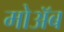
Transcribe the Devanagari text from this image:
मोअॅब